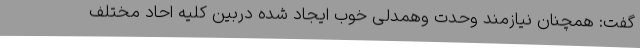
گفت: همچنان نیازمند وحدت وهمدلی خوب ایجاد شده دربین کلیه احاد مختلف